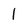
Character: 1